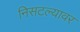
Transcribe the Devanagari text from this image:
निसटल्यावर